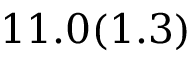
1 1 . 0 ( 1 . 3 )